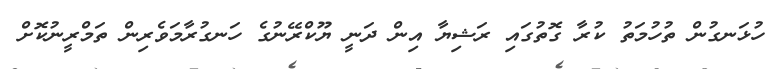
ހުޅަނގުން ތުހުމަތު ކުރާ ގޮތުގައި ރަޝިޔާ އިން ދަނީ ޔޫކްރޭނުގެ ހަނގުރާމަވެރިން ތަމްރީނުކޮށް